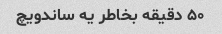
۵۰ دقیقه بخاطر یه ساندویچ